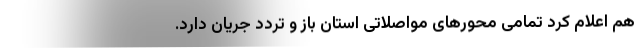
هم اعلام کرد تمامی محور‌های مواصلاتی استان باز و تردد جریان دارد.